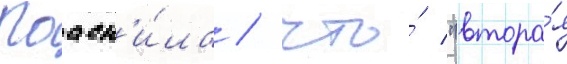
Поасн'и́ла / что́ "втора́я